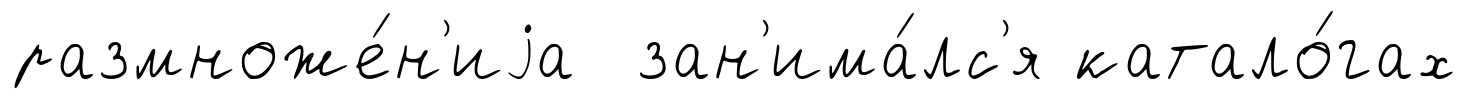
размноже́н'иjа зан'има́лс'я катало́гах